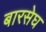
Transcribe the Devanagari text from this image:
बारसेघ